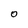
Character: 0